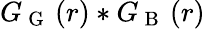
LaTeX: G_{\mathrm{~G~}}\left(r\right)*G_{\mathrm{~B~}}\left(r\right)